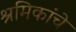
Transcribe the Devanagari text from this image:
श्रमिकांचे